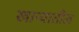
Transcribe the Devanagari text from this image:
खान्यातील